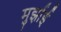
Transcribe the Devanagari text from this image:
मुर्झाई